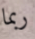
ربما